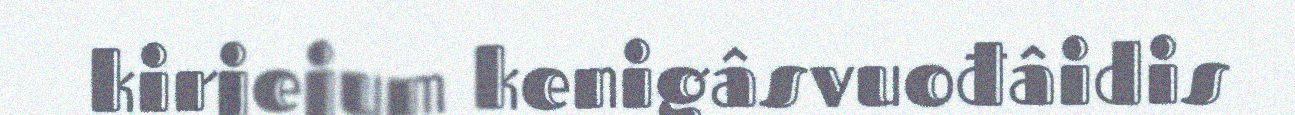
kirjejum kenigâsvuođâidis